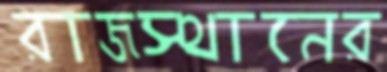
রাজস্থানের